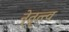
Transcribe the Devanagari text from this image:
ने्तॄत्त्व